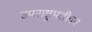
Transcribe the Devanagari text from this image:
उपराष्ट्रपतीवर